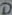
Text: D